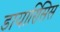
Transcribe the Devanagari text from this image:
डायारिसिस